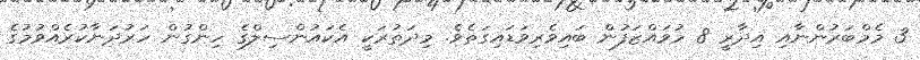
3 މެމްބަރުންނާއި އިދާރީ 8 މުވައްޒަފުން ބައިވެރިވަޑައިގަތެވެ. މިދަތުރަކީ އެކައުންސިލްގެ ހިންގުން ހަރުދަނާކުރެއްވުމުގެ